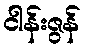
ငါန်းဇွန်